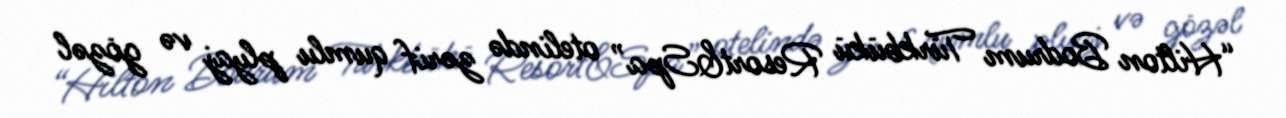
“Hilton Bodrum Türkbükü Resort&Spa” otelində zərif qumlu plyaj və gözəl